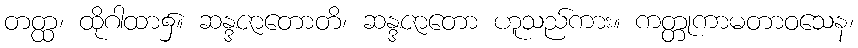
တတ္ထ၊ ထိုဂါထာ၌။ ဆန္ဒဇာတောတိ၊ ဆန္ဒဇာတော ဟူသည်ကား။ ကတ္တုကာမတာဝသေန၊